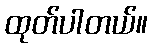
ထုတ်ပါတယ်။